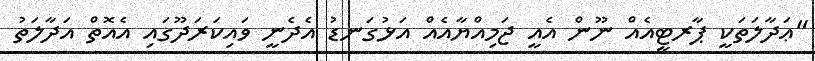
"ޢަދާލަތަކީ ޕާރޓީއެއް ނޫން އެއީ ޖަމިއްޔާއެއް އަޅުގަނޑު އެދެނީ ވައިކަރަދޫގައި އެއޮތް އަދާލަތު